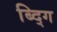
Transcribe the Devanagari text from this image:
ब्द्गि